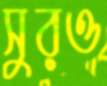
সুরও